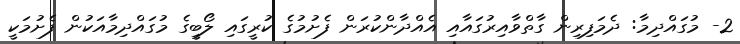
2- މުގައްދިމާ: ދެމަފިރިން ގާތްވާއިރުގައާއި އެއްދާންކުރަން ފެށުމުގެ ކުރީގައި ލޯބީގެ މުގައްދިމާއަކުން ފެށުމަކީ